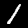
Digit: 1